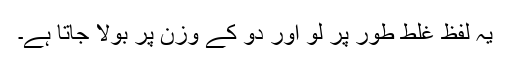
یہ لفظ غلط طور پر لو اور دو کے وزن پر بولا جاتا ہے۔